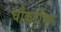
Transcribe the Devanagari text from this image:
चौकटींच्या